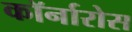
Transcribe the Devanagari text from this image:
कॉर्नारोस